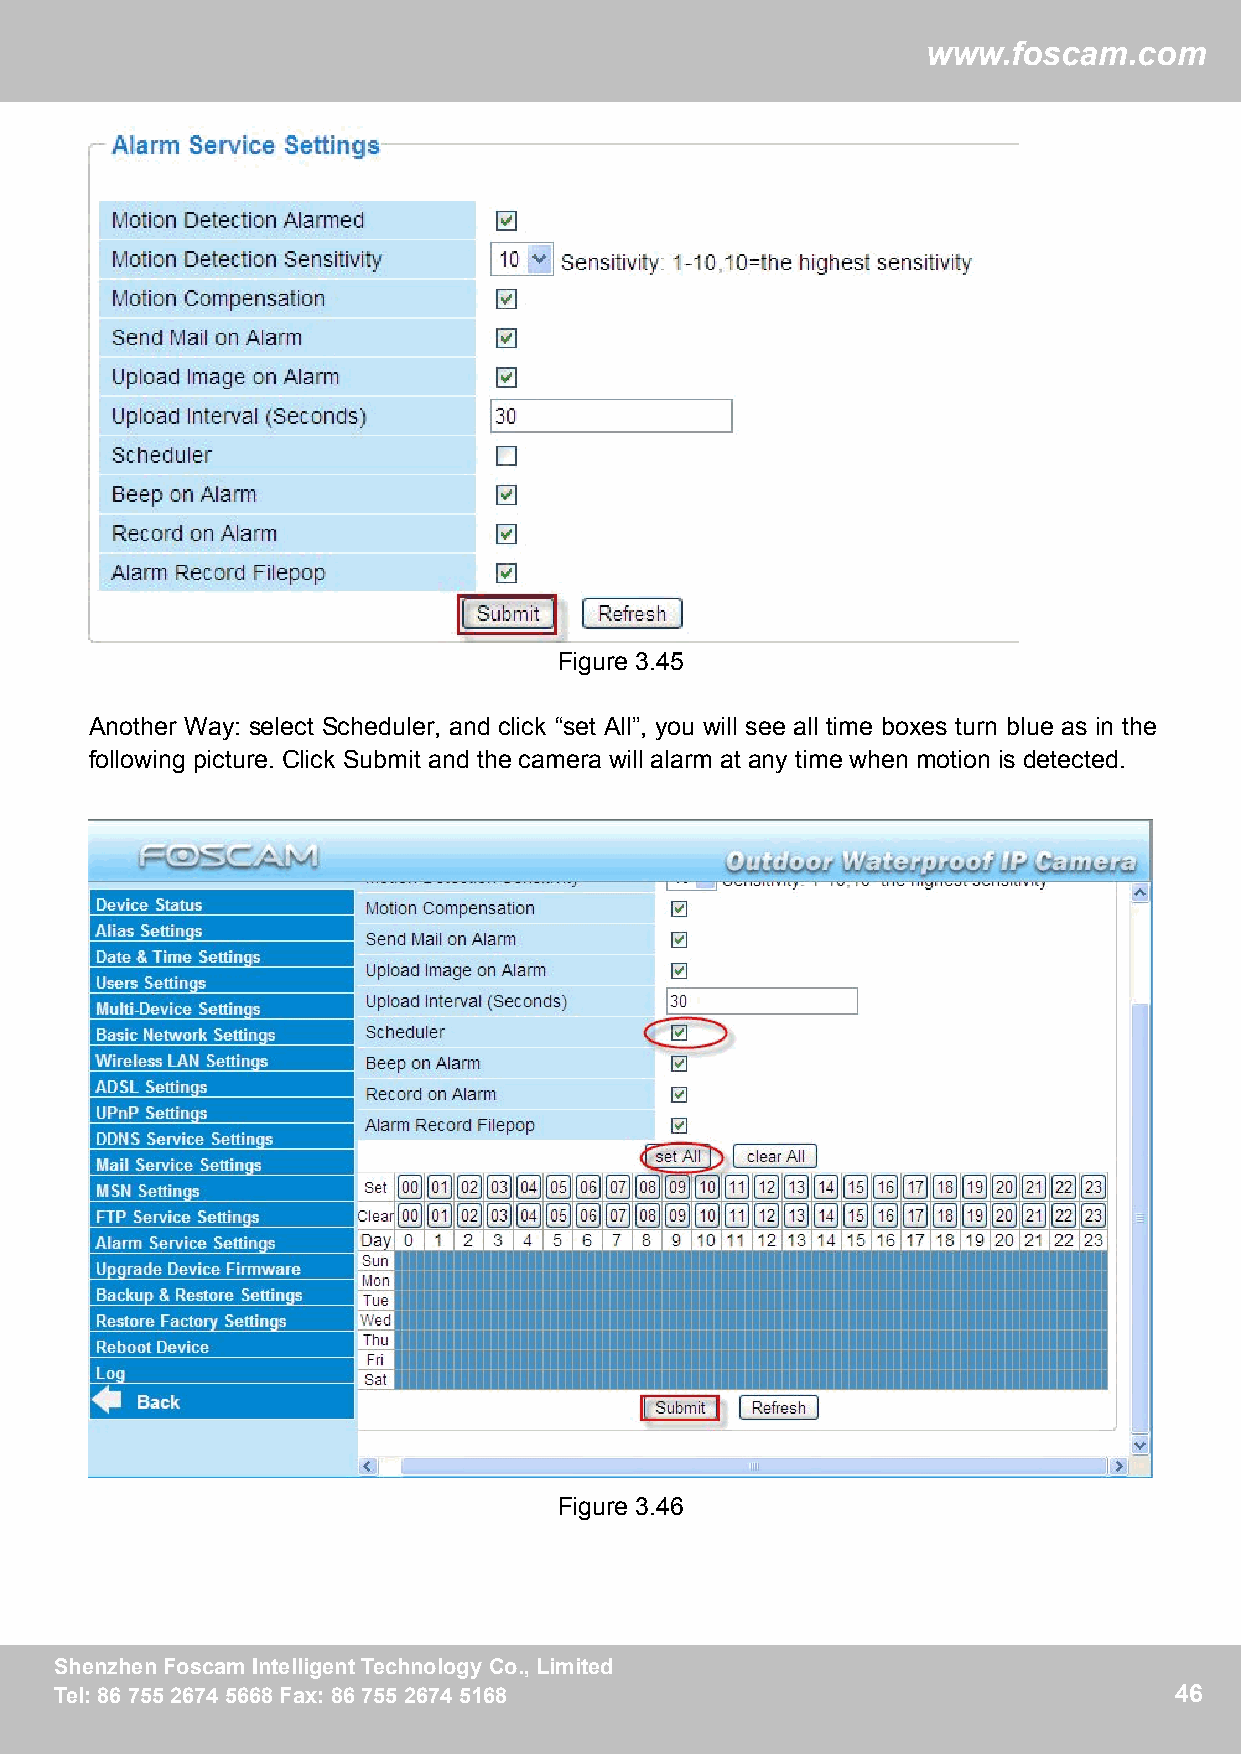
ww
 wwwwww..ffoossccaamm..ccoomm
 Figure 3.45
 Another Way: select Scheduler, and click “set All”, you will see all time boxes turn blue as in the
 following picture. Click Submit and the camera will alarm at any time when motion is detected.
 Figure 3.46
 SShheennzzhheennFFoossccaammIInntteelllliiggeennttTTeecchhnnoollooggyyCCoo..,,LLiimmiitteedd 46
 TTeell::88667755552266774455666688FFaaxx::88667755552266774455116688      46